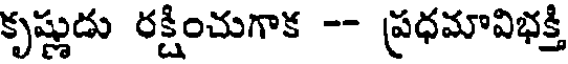
కృష్ణుడు రక్షించుగాక -- ప్రధమావిభక్తి